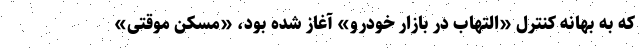
که به بهانه کنترل «التهاب در بازار خودرو» آغاز شده بود، «مُسکِن موقتی»